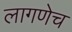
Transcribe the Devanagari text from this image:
लागणेच